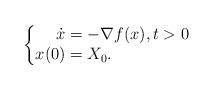
LaTeX: \begin{align*}\begin{cases}\begin{aligned}\dot{x}&=-\nabla f(x),t>0\\x(0)&=X_0.\end{aligned}\end{cases}\end{align*}